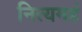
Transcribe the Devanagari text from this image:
नित्यमहं